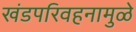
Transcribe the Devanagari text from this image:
खंडपरिवहनामुळे